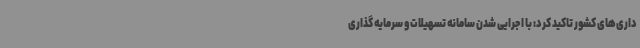
داری‌های کشور تاکید کرد: با اجرایی شدن سامانه تسهیلات و سرمایه گذاری